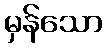
မှန်သော